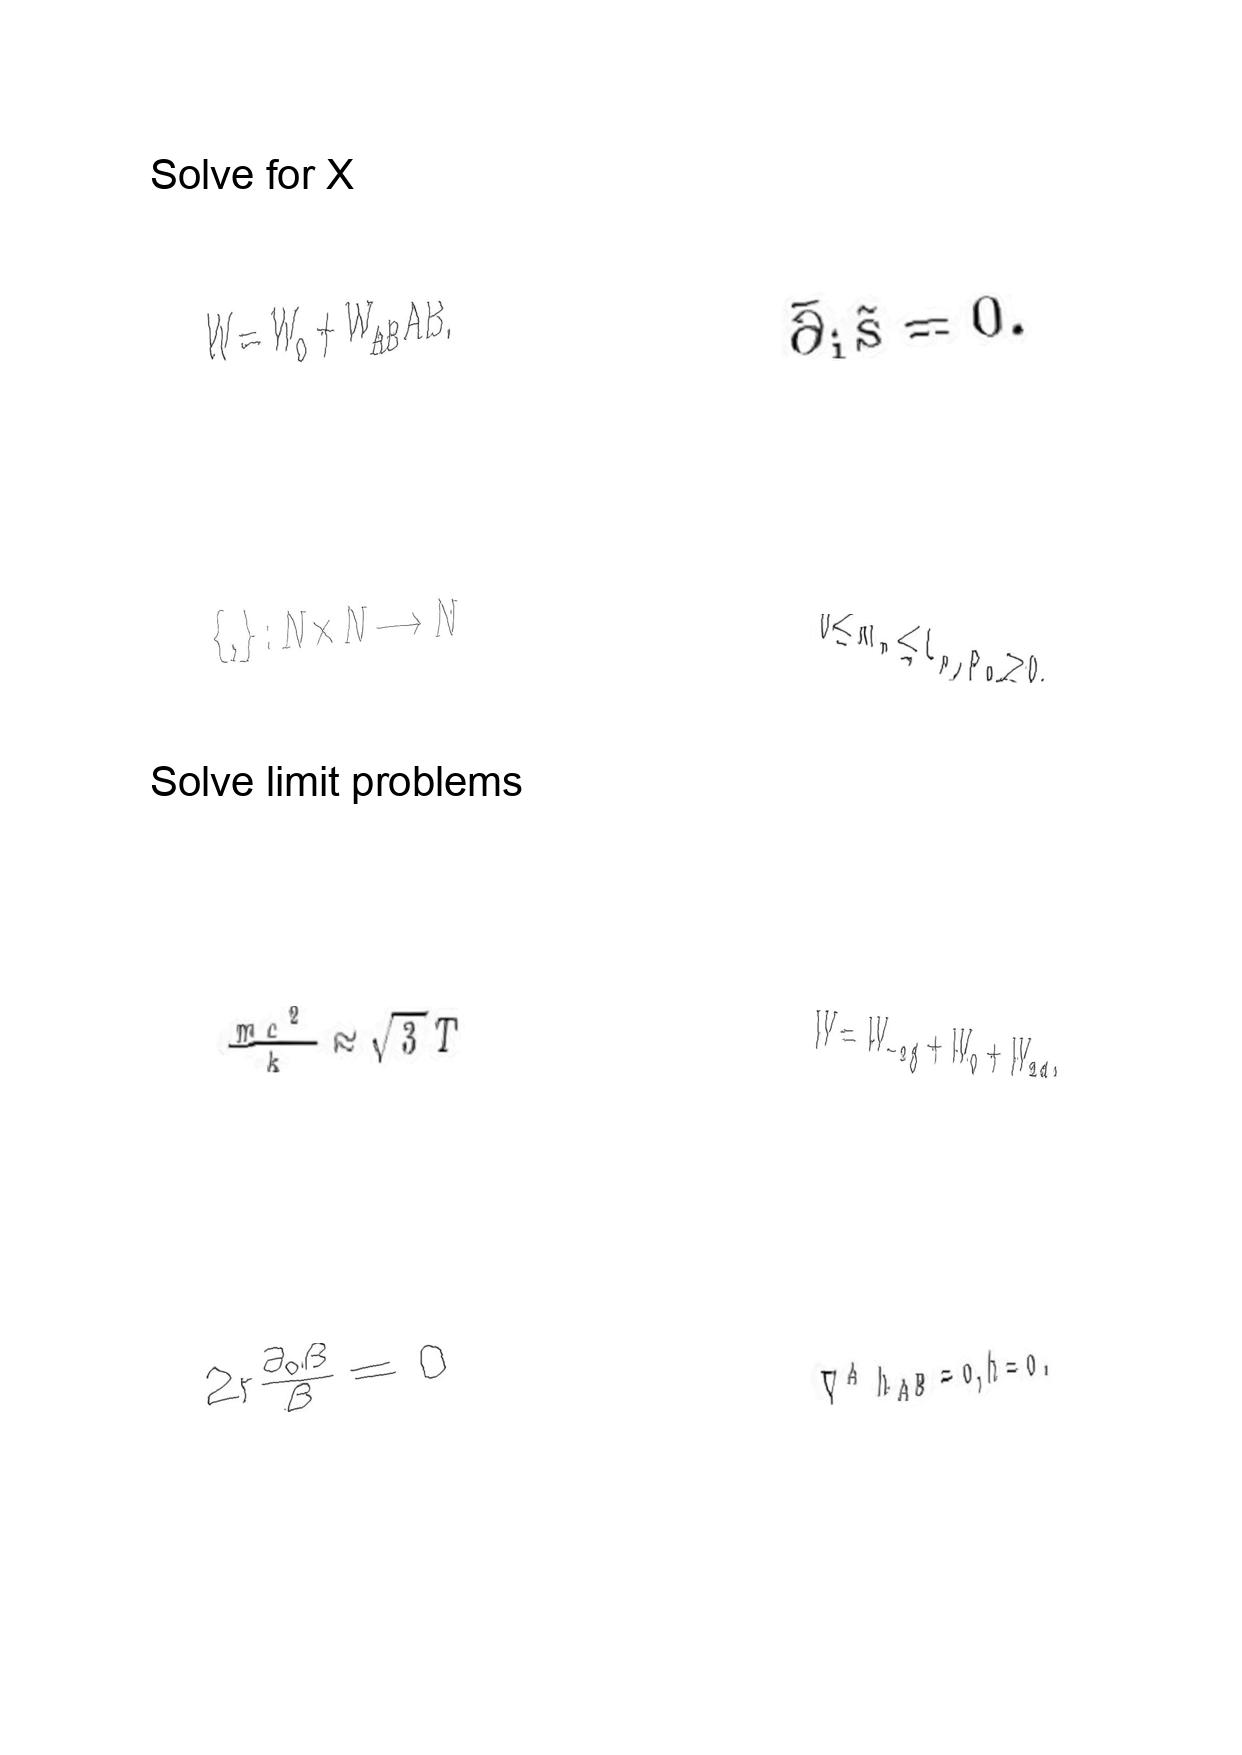
LaTeX transcription:
W = W _ { o } + W _ { A B } A B .
\lbrace , \rbrace : N \times N \longrightarrow N
\frac { m c ^ { 2 } } { k } \approx \sqrt { 3 } T
2 r \frac { \partial _ { 0 } \beta } { \beta } = 0
\bar { \partial } _ { i } \tilde { s } = 0 .
0 \le m _ { n } \le L _ { n } , p _ { n } \ge 0 .
W = W _ { - 2 / 3 } + W _ { 0 } + W _ { 2 / 3 } ,
\nabla ^ { A } h _ { A B } = 0 , h = 0 .